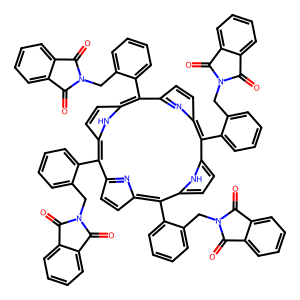
SMILES: O=C1c2ccccc2C(=O)N1Cc1ccccc1-c1c2ccc(n2)c(-c2ccccc2CN2C(=O)c3ccccc3C2=O)c2ccc([nH]2)c(-c2ccccc2CN2C(=O)c3ccccc3C2=O)c2ccc(n2)c(-c2ccccc2CN2C(=O)c3ccccc3C2=O)c2ccc1[nH]2
Inhibits HIV replication: No